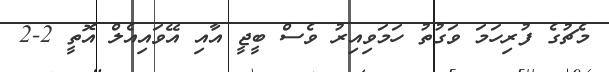
މެޗުގެ ފުރިހަމަ ވަގުތު ހަމަވިއިރު ވެސް ބީޖީ އާއި އޭވައިއެލް އޮތީ 2-2